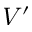
V ^ { \prime }